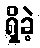
ရှိခဲ့